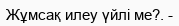
Жұмсақ илеу үйлі ме?. -